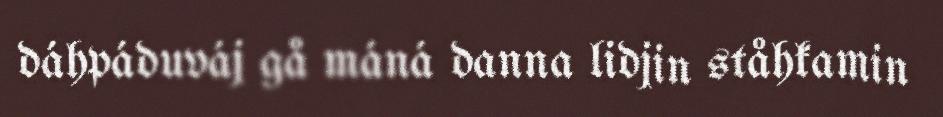
dáhpáduváj gå máná danna lidjin ståhkamin